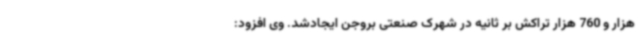
هزار و 760 هزار تراکش بر ثانیه در شهرک صنعتی بروجن ایجادشد. وی افزود: